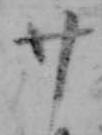
廿